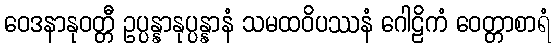
ဝေဒနာနုဝတ္တီ ဥပ္ပန္နာနုပ္ပန္နာနံ သမထဝိပဿနံ ဂေါဠိကံ ဝေတ္တာစာရံ